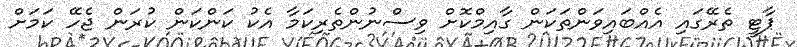
ޕާޓީ ތެރޭގައި އެއްބައިވަންތަކަން ގާއިމްކޮށް ވިސްނުންތެރިކަމާ އެކު ކަންކަން ކުރަން ޖެހޭ ކަމަށް